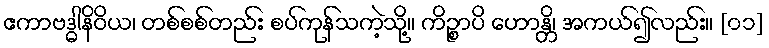
ဧကာဗဒ္ဓါနိဝိယ၊ တစ်စစ်တည်း စပ်ကုန်သကဲ့သို့။ ကိဉ္စာပိ ဟောန္တိ၊ အကယ်၍လည်း။ [၀၁]